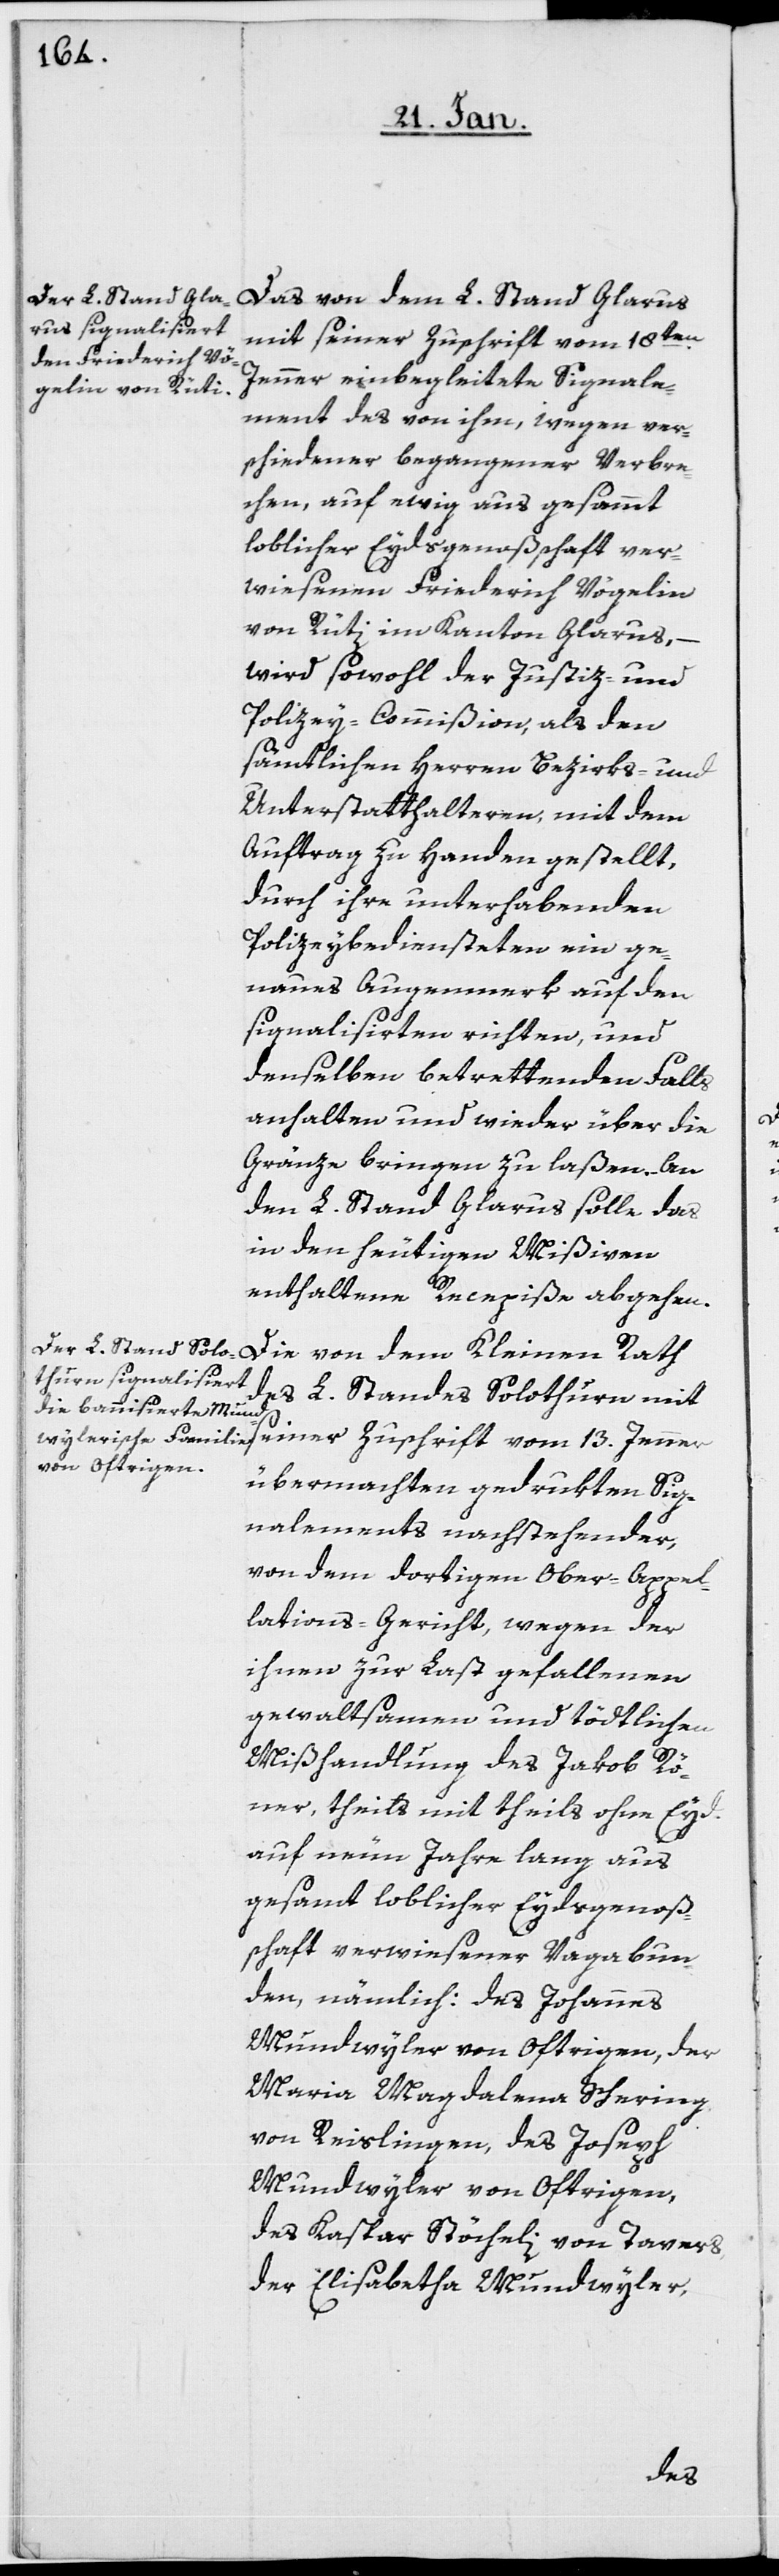
Das von dem L. Stand Glarus
it seiner Zuschrift vom 13. Jenner
Jenner einbegleitete Signale¬
ment des von ihm, wegen ver¬
schiedener begangener Verbre¬
chen, auf ewig aus gesammt
löblicher Eydsgenoßschaft ver¬
wiesenen Friederich Vögelin
von Rüti im Kanton Glarus, –
wird sowohl der Justiz- und
Polizey-Commißion, als den
sämtlichen Herren Bezirks- und
Unterstatthalteren, mit dem
Auftrag zu Handen gestellt,
durch ihre unterhabenden
Polizeybediensteten ein ge¬
naues Augenmerk auf den
Signalisierten richten, und
denselben betrettenden Falls
anhalten und wieder über die
Gränze bringen zu laßen. An
den L. Stand Glarus solle das
in den heutigen Mißiven
enthaltene Recepiße abgehen.
Die von dem Kleinen Rath
des L. Standes Solothurn m¬
übermachten gedrukten Sig¬
nalements nachstehender,
von dem dortigen Ober-Appel¬
lations-Gericht, wegen der
ihnen zur Last gefallenen
gewaltsamen und tödtlichen
Mißhandlung des Jakob Rö¬
ner, theils mit theils ohne Eyd
auf neun Jahre lang aus
gesamt loblicher Eydsgenoß¬
schaft verwiesener Vagabun¬
den, nämlich: des Johannes
Mundwyler von Oftringen, der
Maria Magdalena Schering
von Reislingen, des Joseph
Mundwyler von Oftringen,
des Kaspar Stöcheli von Tavers,
der Elisabetha Mundwyler,